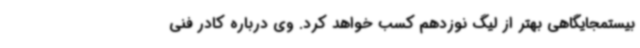
بیستمجایگاهی بهتر از لیگ نوزدهم کسب خواهد کرد. وی درباره کادر فنی